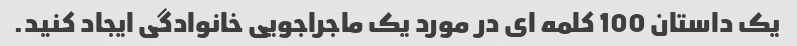
یک داستان 100 کلمه ای در مورد یک ماجراجویی خانوادگی ایجاد کنید.